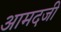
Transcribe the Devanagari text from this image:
आमदजी